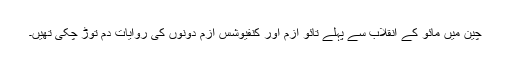
چین میں مائو کے انقلاب سے پہلے تائو ازم اور کنفیوشس ازم دونوں کی روایات دم توڑ چکی تھیں۔